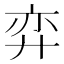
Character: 弈